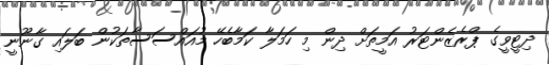
ދިޓީވީގެ ޕްރެޒެންޓަރު އަމީތަށް ދިން މި ހަމަލާ ކަމާބެހޭ މުއައްސަސާތަކުން ބަލައި ގާނޫނީ